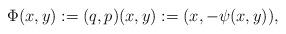
LaTeX: \begin{align*}\Phi(x,y):=(q,p)(x,y):=(x,-\psi(x,y)),\end{align*}